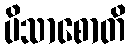
ပိသာစောတိ